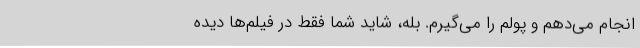
انجام می‌دهم و پولم را می‌گیرم. بله، شاید شما فقط در فیلم‌ها دیده